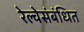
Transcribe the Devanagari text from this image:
रेल्वेसंबंधित